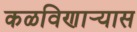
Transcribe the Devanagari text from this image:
कळविणार्‍यास